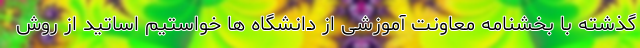
گذشته با بخشنامه معاونت آموزشی از دانشگاه ها خواستیم اساتید از روش